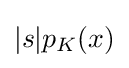
{\textstyle |s|p_{K}(x)}